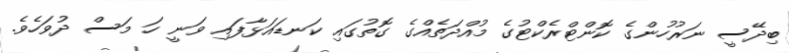
ބިދޭސީ ނަރުހުންގެ ކޮންޓްރެކްޓުގެ މުއްދަތެއްގެ ގޮތުގައި ކަނޑައަޅާފައި ވަނީ ހަ މަސް ދުވަހެވެ.